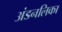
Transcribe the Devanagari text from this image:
अंडनलिका